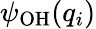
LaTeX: \psi_{\mathrm{OH}}(q_{i})